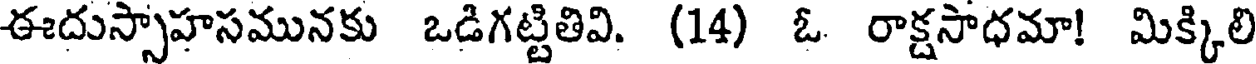
ఈదుస్సాహసమునకు ఒడిగట్టితివి. (14) ఓ రాక్షసాధమా! మిక్కిలి